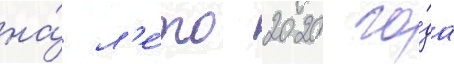
на́ л'е́то 2020 го́да